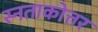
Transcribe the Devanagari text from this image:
स्नताकोत्तर